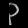
Digit: ၃